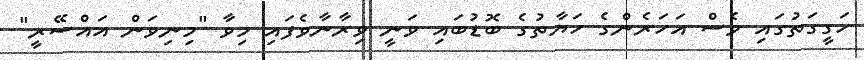
ހަގީގަތުގައި ވެސް އަހަރެންގެ ހަޔާތުގެ ބޮޑުބައި ވަނީ ވިރާނާވެފައި މިވާ "މިނިވަން އައްސޭރީ"